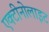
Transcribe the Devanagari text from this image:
एक्टीनोलाइट